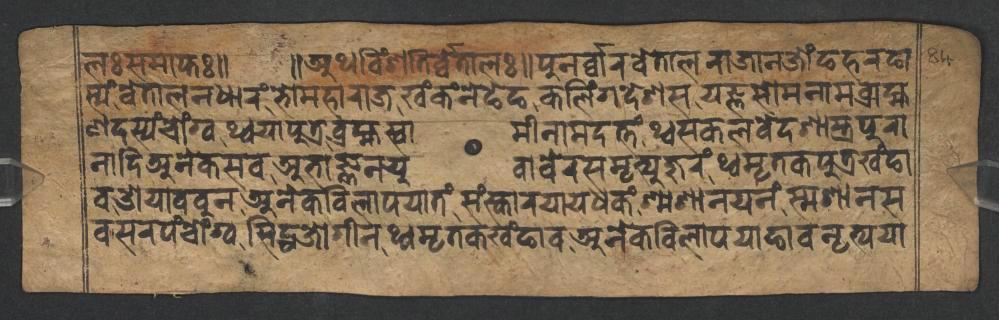
𑐮𑑅𑐳𑐩𑐵𑐥𑑂𑐟𑑅𑑌 𑑌𑐀𑐠𑐰𑐶𑑄𑐱𑐟𑐶𑐬𑑂𑐰𑑂𑐰𑐾𑐟𑐵𑐮𑑅𑑌𑐥𑐸𑐣𑐬𑑂𑐰𑑂𑐰𑐵𑐬𑐰𑐾𑐟𑐵𑐮𑐬𑐵𑐖𑐵𑐣𑐖𑑀𑑄𑐒𑐴𑐬𑐒𑐵 𑐳𑑂𑐫𑑄𑐰𑐾𑐟𑐵𑐮𑐣𑐢𑐵𑐬𑑄𑐨𑑀𑐩𑐴𑐵𑐬𑐵𑐖𑐏𑑄𑐎𑑄𑐣𑐾𑐒𑐾𑐒𑐎𑐮𑐶𑑄𑐐𑐡𑐾𑐱𑐳𑐫𑐖𑑂𑐘𑐳𑑀𑐩𑐣𑐵𑐩𑐧𑑂𑐬𑐵𑐴𑑂𑐩 𑐞𑐡𑐳𑑂𑐫𑑄𑐔𑑀𑑄𑐐𑑂𑐰𑐠𑑂𑐰𑐫𑐵𑐥𑐸𑐟𑑂𑐬𑐧𑑂𑐬𑐴𑑂𑐩𑐳𑑂𑐰𑐵𑐩𑐷𑐣𑐵𑐩𑐡𑐟𑑂𑐟𑑄𑐠𑑂𑐰𑐳𑐎𑐮𑐰𑐾𑐡𑐱𑐵𑐳𑑂𑐟𑑂𑐬𑐥𑐸𑐬𑐵 𑐞𑐵𑐡𑐶𑐀𑐣𑐾𑐎𑐳𑐰𑐀𑐨𑐵𑐖𑑂𑐘𑐣𑐫𑐸𑐰𑐵𑐧𑐾𑐬𑐳𑐩𑐺𑐟𑑂𑐫𑐸𑐖𑐸𑐬𑑄𑐠𑑂𑐰𑐩𑐺𑐟𑐎𑐥𑐸𑐟𑑂𑐬𑐏𑑄𑐒𑐵 𑐰𑐌𑐫𑐵𑐧𑐧𑐸𑐣𑐀𑐣𑐾𑐎𑐰𑐶𑐮𑐵𑐥𑐫𑐵𑐟𑑄𑐳𑑄𑐳𑑂𑐎𑐵𑐬𑐫𑐵𑐫𑐢𑐎𑑄𑐱𑑂𑐩𑐱𑐵𑐣𑐫𑐣𑑄𑐳𑑂𑐩𑐱𑐵𑐣𑐳 𑐧𑐳𑐬𑐥𑑄𑐔𑑀𑑄𑐐𑑂𑐰𑐳𑐶𑐡𑑂𑐢𑐖𑑀𑐐𑐷𑐣𑐠𑑂𑐰𑐩𑐺𑐟𑐎𑐏𑑄𑐒𑐵𑐰𑐀𑐣𑐾𑐎𑐰𑐶𑐮𑐵𑐥𑐫𑐵𑐒𑐵𑐰𑐣𑐺𑐟𑑂𑐫𑐫𑐵